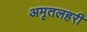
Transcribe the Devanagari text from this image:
अमृतलहरी